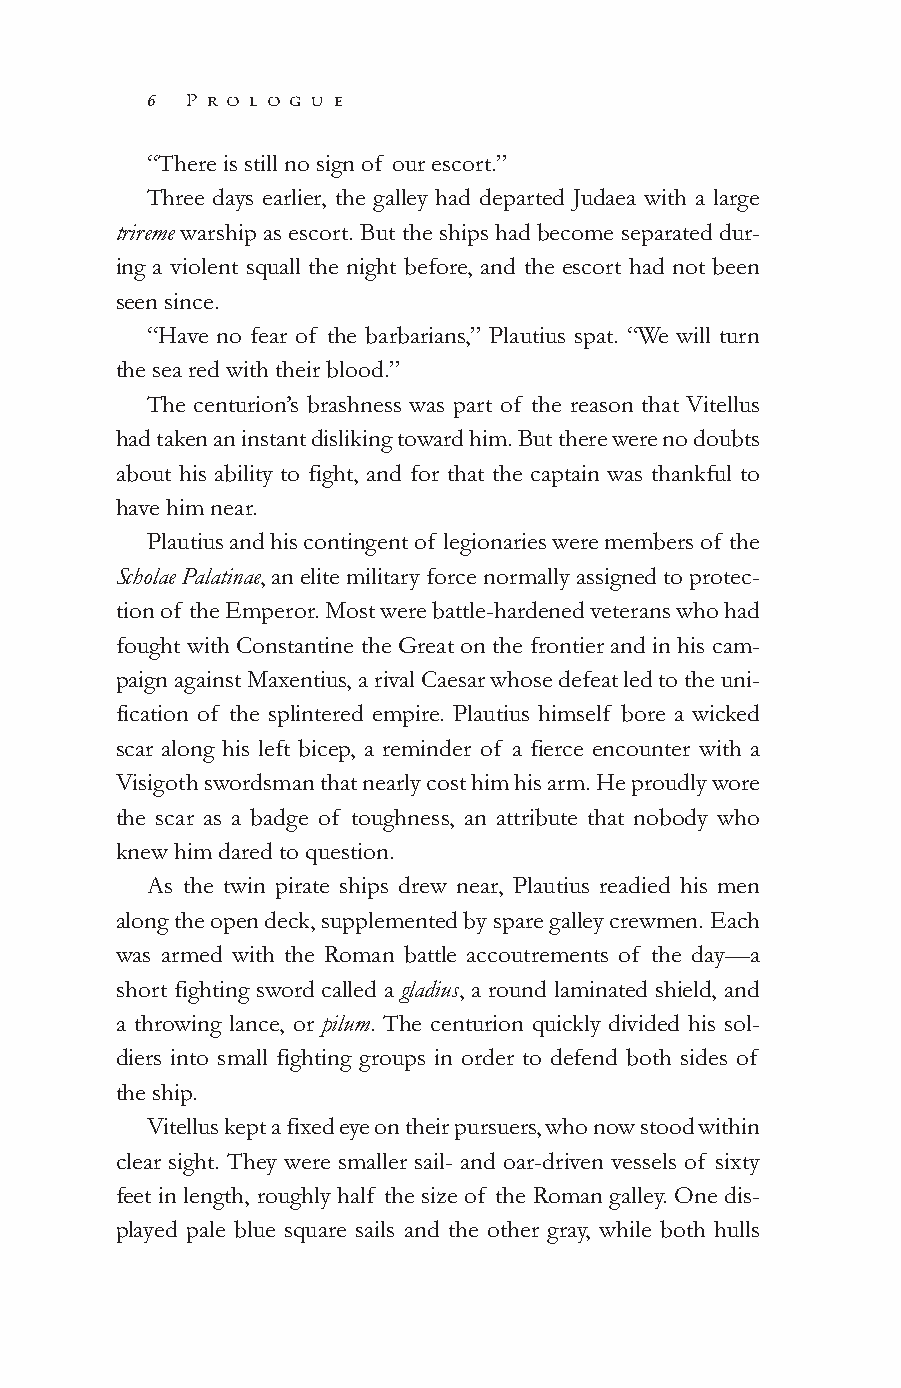
6  P r o l o g u e
 “There is still no sign of our escort.”
 Three days earlier, the galley had departed Judaea with a large
 trireme warship as escort. But the ships had become separated dur-
 ing a violent squall the night before, and the escort had not been
 seen since.
 “Have no fear of the barbarians,” Plautius spat. “We will turn
 the sea red with their blood.”
 The centurion’s brashness was part of the reason that Vitellus
 had taken an instant disliking toward him. But there were no doubts
 about his ability to fight, and for that the captain was thankful to
 have him near.
 Plautius and his contingent of legionaries were members of the
 Scholae Palatinae, an elite military force normally assigned to protec-
 tion of the Emperor. Most were battle-hardened veterans who had
 fought with Constantine the Great on the frontier and in his cam-
 paign against Maxentius, a rival Caesar whose defeat led to the uni-
 fication of the splintered empire. Plautius himself bore a wicked
 scar along his left bicep, a reminder of a fierce encounter with a
 Visigoth swordsman that nearly cost him his arm. He proudly wore
 the scar as a badge of toughness, an attribute that nobody who
 knew him dared to question.
 As the twin pirate ships drew near, Plautius readied his men
 along the open deck, supplemented by spare galley crewmen. Each
 was armed with the Roman battle accoutrements of the day—a
 short fighting sword called a gladius, a round laminated shield, and
 a throwing lance, or pilum. The centurion quickly divided his sol-
 diers into small fighting groups in order to defend both sides of
 the ship.
 Vitellus kept a fixed eye on their pursuers, who now stood within
 clear sight. They were smaller sail- and oar-driven vessels of sixty
 feet in length, roughly half the size of the Roman galley. One dis-
 played pale blue square sails and the other gray, while both hulls
 000011--555500__PPGGII__CCrreesscceenntt DDaawwnn..iinndddd 66 99//33//1100 1100::2299 AAMM